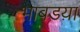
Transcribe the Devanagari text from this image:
भाबडय़ा